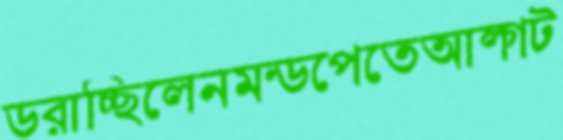
ডরাচ্ছিলেনমন্ডপেতেআল্গাট